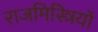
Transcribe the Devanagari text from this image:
राजमिस्त्रियों